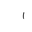
Letter: _alif